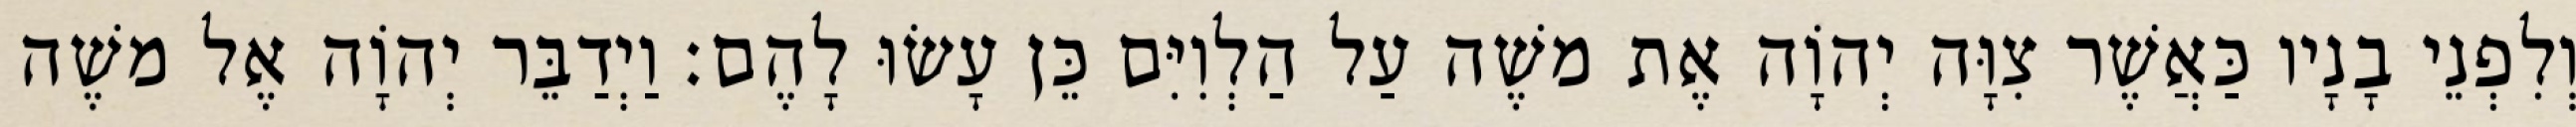
וְלִפְנֵי בָנָיו כַּאֲשֶׁר צִוָּה יְהוָֹה אֶת משֶׁה עַל הַלְוִיִּם כֵּן עָשׂוּ לָהֶם׃ וַיְדַבֵּר יְהוָֹה אֶל משֶׁה